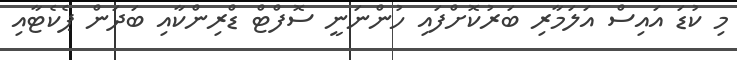
މި ކުޑަ އައިސް އަލަމާރި ބަރުކޮށްފައި ހުންނަނީ ސޮފްޓް ޑްރިންކާއި ބަދަން ޕެކެޓާއި